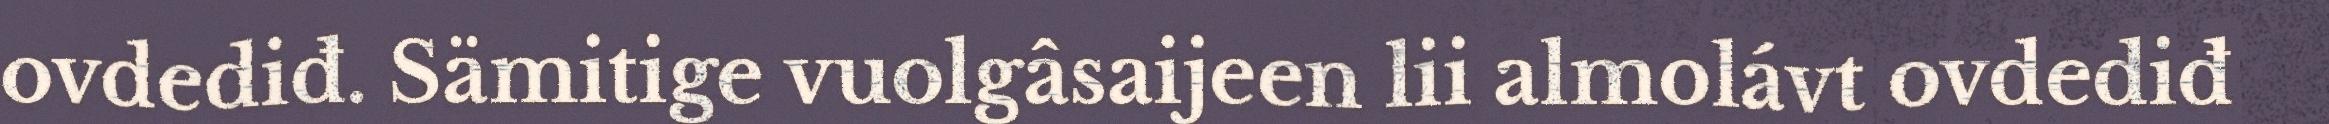
ovdediđ. Sämitige vuolgâsaijeen lii almolávt ovdediđ